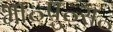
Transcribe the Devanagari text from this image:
भा॰पु॰स॰